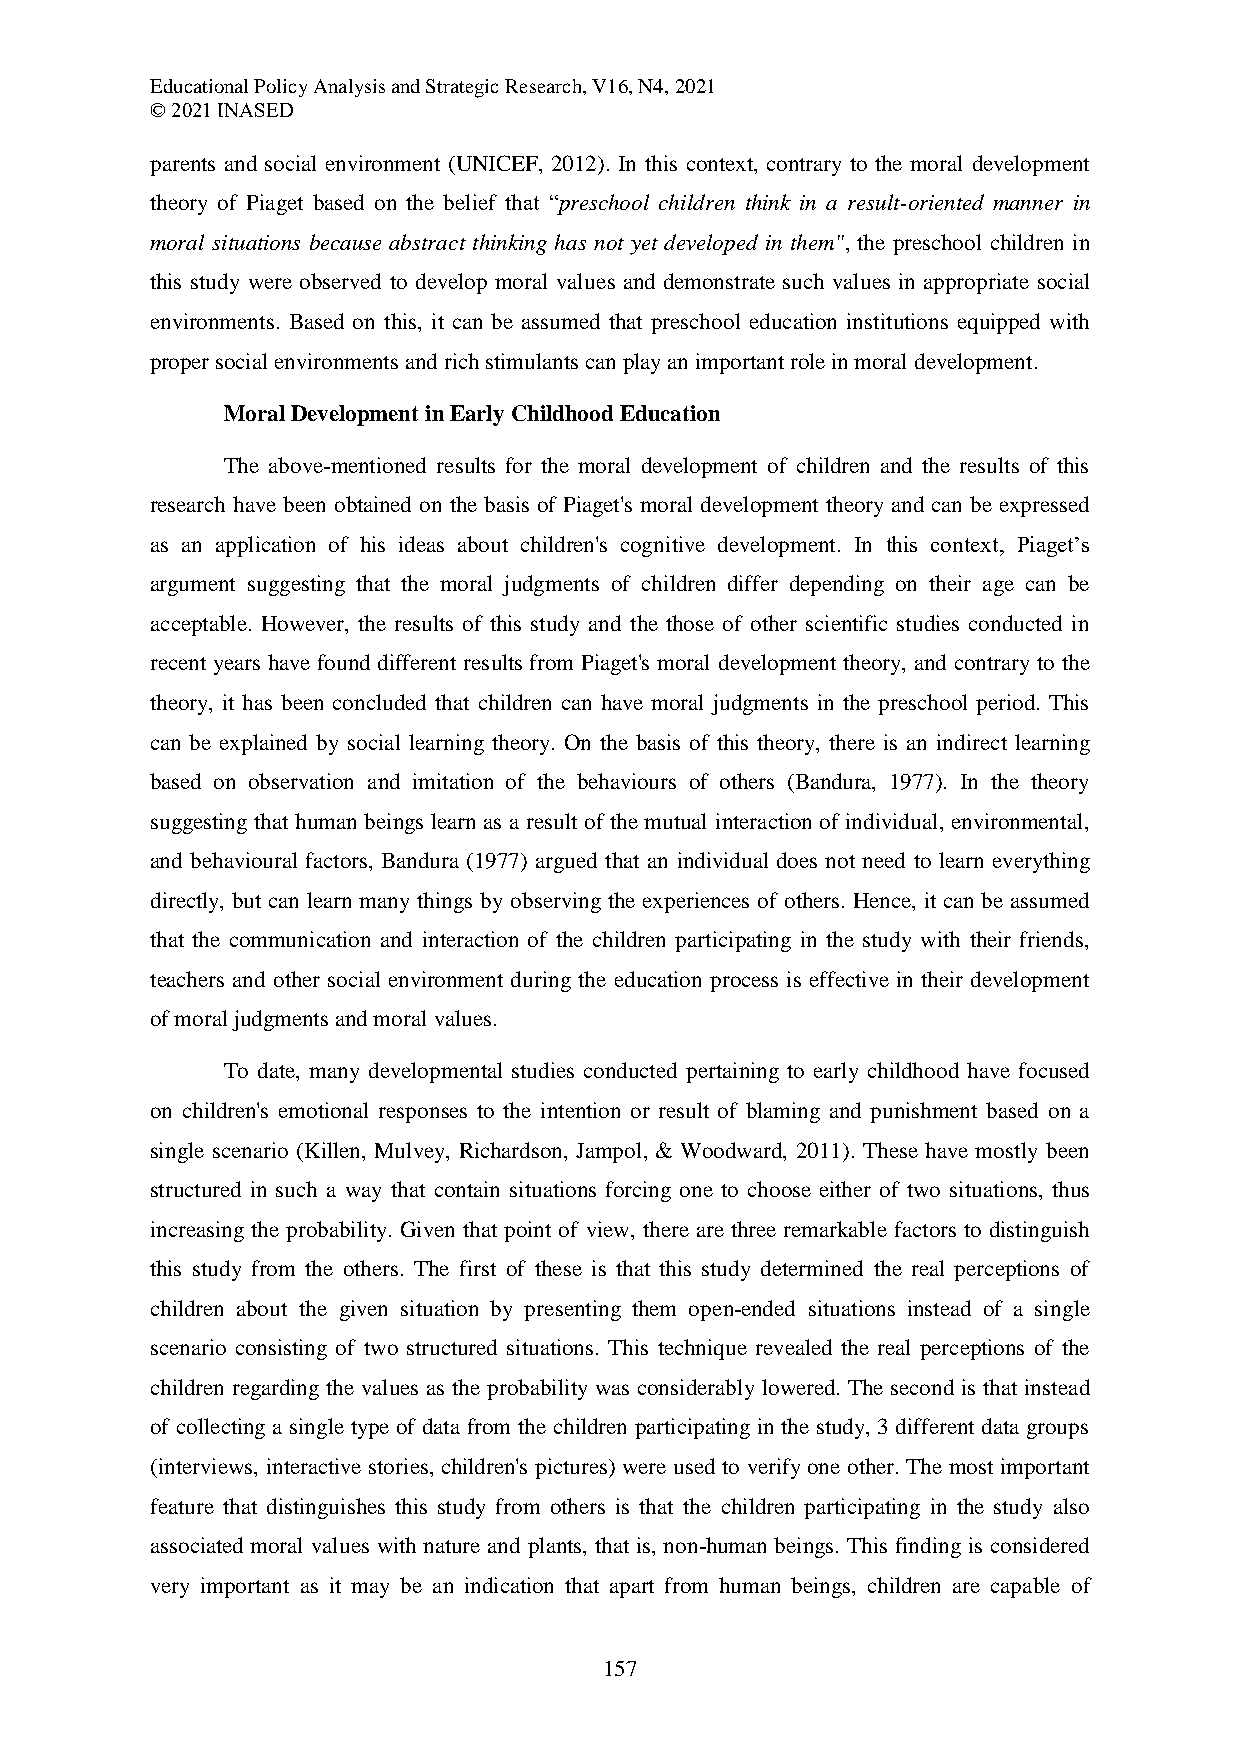
Educational Policy Analysis and Strategic Research, V16, N4, 2021
 © 2021 INASED
 parents and social environment (UNICEF, 2012). In this context, contrary to the moral development
 theory of Piaget based on the belief that “preschool children think in a result-oriented manner in
 moral situations because abstract thinking has not yet developed in them", the preschool children in
 this study were observed to develop moral values and demonstrate such values in appropriate social
 environments. Based on this, it can be assumed that preschool education institutions equipped with
 proper social environments and rich stimulants can play an important role in moral development.
 Moral Development in Early Childhood Education
 The above-mentioned results for the moral development of children and the results of this
 research have been obtained on the basis of Piaget's moral development theory and can be expressed
 as an application of his ideas about children's cognitive development. In this context, Piaget’s
 argument suggesting that the moral judgments of children differ depending on their age can be
 acceptable. However, the results of this study and the those of other scientific studies conducted in
 recent years have found different results from Piaget's moral development theory, and contrary to the
 theory, it has been concluded that children can have moral judgments in the preschool period. This
 can be explained by social learning theory. On the basis of this theory, there is an indirect learning
 based on observation and imitation of the behaviours of others (Bandura, 1977). In the theory
 suggesting that human beings learn as a result of the mutual interaction of individual, environmental,
 and behavioural factors, Bandura (1977) argued that an individual does not need to learn everything
 directly, but can learn many things by observing the experiences of others. Hence, it can be assumed
 that the communication and interaction of the children participating in the study with their friends,
 teachers and other social environment during the education process is effective in their development
 of moral judgments and moral values.
 To date, many developmental studies conducted pertaining to early childhood have focused
 on children's emotional responses to the intention or result of blaming and punishment based on a
 single scenario (Killen, Mulvey, Richardson, Jampol, & Woodward, 2011). These have mostly been
 structured in such a way that contain situations forcing one to choose either of two situations, thus
 increasing the probability. Given that point of view, there are three remarkable factors to distinguish
 this study from the others. The first of these is that this study determined the real perceptions of
 children about the given situation by presenting them open-ended situations instead of a single
 scenario consisting of two structured situations. This technique revealed the real perceptions of the
 children regarding the values as the probability was considerably lowered. The second is that instead
 of collecting a single type of data from the children participating in the study, 3 different data groups
 (interviews, interactive stories, children's pictures) were used to verify one other. The most important
 feature that distinguishes this study from others is that the children participating in the study also
 associated moral values with nature and plants, that is, non-human beings. This finding is considered
 very important as it may be an indication that apart from human beings, children are capable of
 157